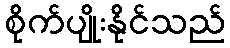
စိုက်ပျိုးနိုင်သည်